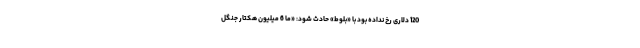
120 دلاری رخ نداده بود با «بلوط» حادث شود: «‌ما 6 میلیون هکتار جنگل